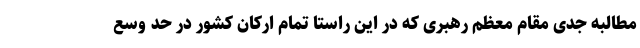
مطالبه جدی مقام معظم رهبری که در این راستا تمام ارکان کشور در حد وسع